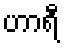
ဟာရီ